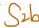
Text: S2b